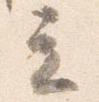
立